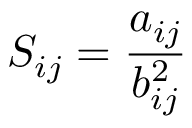
S _ { i j } = \frac { a _ { i j } } { b _ { i j } ^ { 2 } }